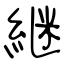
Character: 継